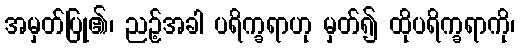
အမှတ်ပြု၏၊ ညဉ့်အခါ ပရိက္ခရာဟု မှတ်၍ ထိုပရိက္ခရာကို၊